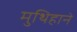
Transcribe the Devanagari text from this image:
मुथिहाने